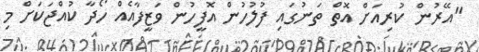
"އޭރުން ކުރިއަށް އޮތް ތަނުގައި ފުލުހުން އޮފީހުން ވަޒީފާއެއް ހޯދާ ކުއްޖަކަށް މި